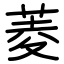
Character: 菱